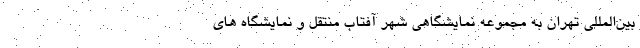
بین‌المللی تهران به مجموعه نمایشگاهی شهر آفتاب منتقل و نمایشگاه های